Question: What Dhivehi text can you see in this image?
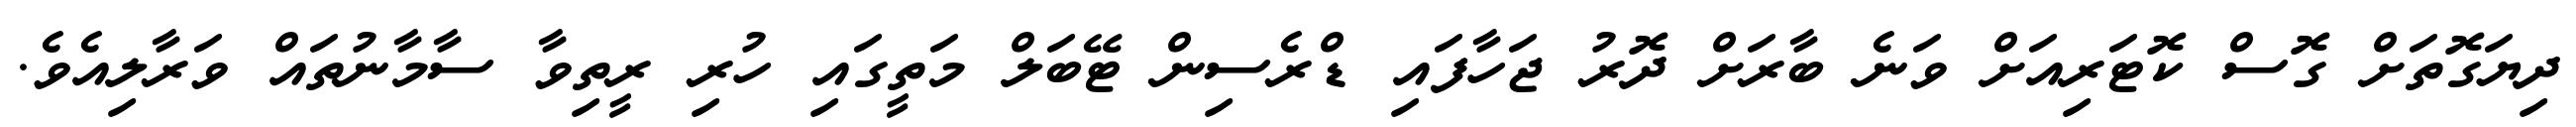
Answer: ދިޔަގޮތަށް ގޮސް ކޮޓަރިއަށް ވަނެ ބާރަށް ދޮރު ޖަހާފައި ޑްރެސިން ޓޭބަލް މަތީގައި ހުރި ރީތިވާ ސާމާނުތައް ވަރާލިއެވެ.